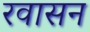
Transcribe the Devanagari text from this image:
रवासन